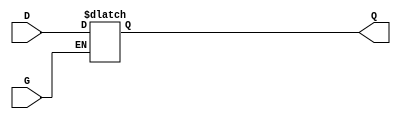
module level_sensitive_gated_latch (
    input wire D,     // Data input
    input wire G,     // Gate control signal
    output reg Q      // Data output
);

// Always block triggered by changes in G or D
always @(G or D) begin
    if (G) begin
        // When G is high, capture the value of D
        Q <= D;
    end
    // When G is low, retain the last value of Q (hold state)
end

endmodule